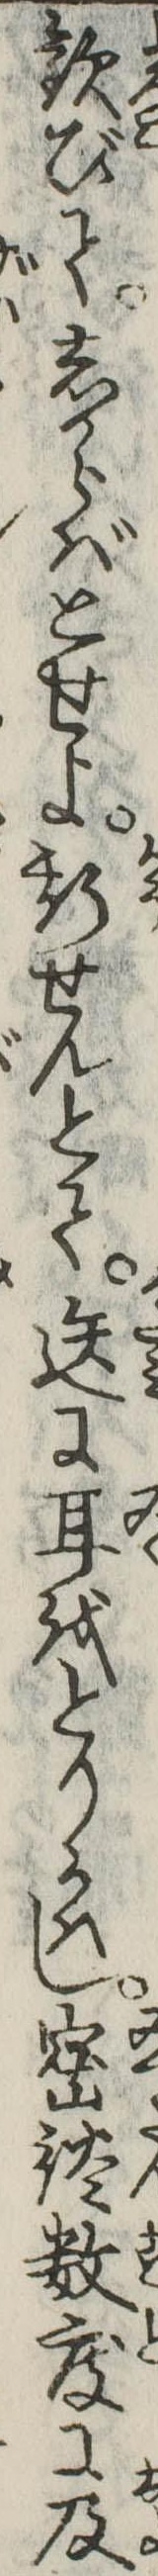
歓びてしからばとせよ斯せんとて迭に耳をとりかはし密談数度に及